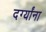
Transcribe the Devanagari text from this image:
दर्ग्यांना